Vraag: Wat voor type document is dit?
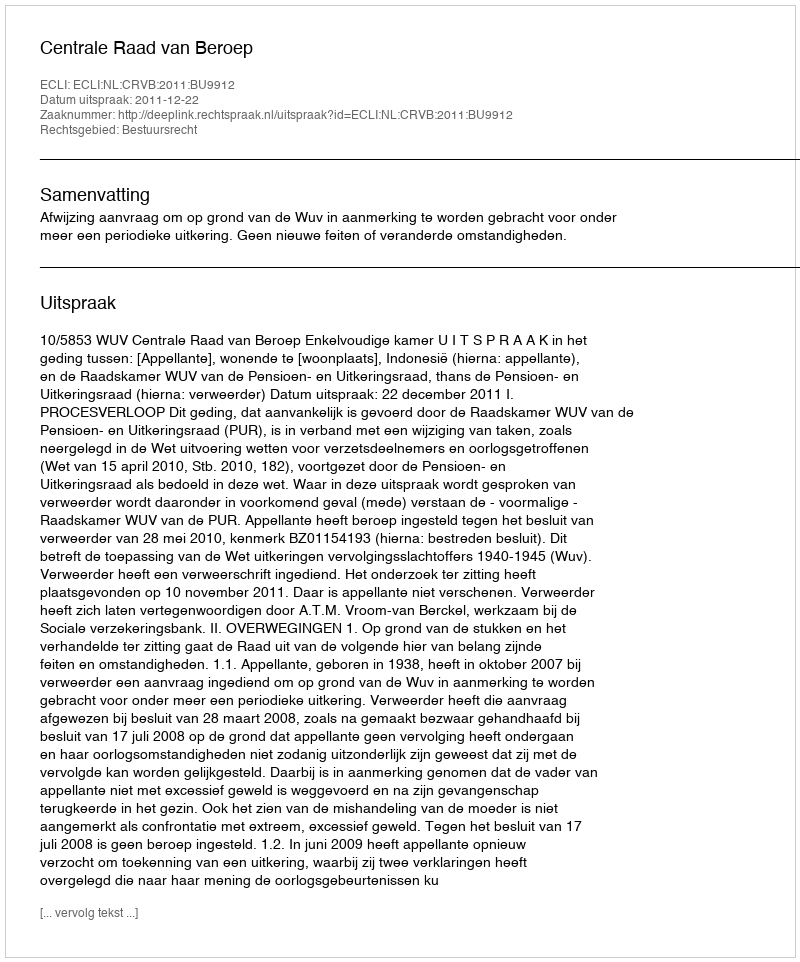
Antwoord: Uitspraak